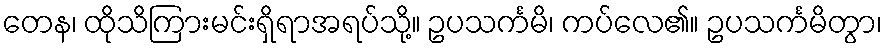
တေန၊ ထိုသိကြားမင်းရှိရာအရပ်သို့။ ဥပသင်္ကမိ၊ ကပ်လေ၏။ ဥပသင်္ကမိတွာ၊